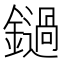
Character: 鐹